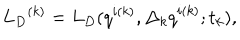
{ { L } _ { D } } ^ { ( k ) } = { L } _ { D } ( q ^ { i ( k ) } , { \Delta _ { k } q } ^ { i ( k ) } ; t _ { k } ) ,